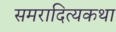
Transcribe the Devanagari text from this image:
समरादित्यकथा